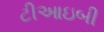
ટીઆઇબી